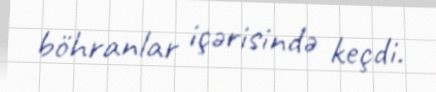
böhranlar içərisində keçdi.